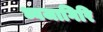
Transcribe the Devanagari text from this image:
ध्वजागिरि